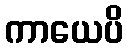
ကာယေပိ